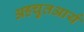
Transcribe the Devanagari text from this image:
अहचुतआर्य